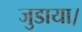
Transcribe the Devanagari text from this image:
जुडाया।